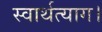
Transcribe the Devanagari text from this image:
स्वार्थत्याग।